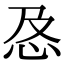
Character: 㤂